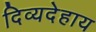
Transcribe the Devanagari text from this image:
दिव्यदेहाय